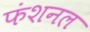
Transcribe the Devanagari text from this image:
फंशनल